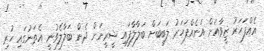
އެއްފަހަރު ޒީވާއަށް އަނެއްފަހަރު ލަބީބަށް ބަލާލާފައި ޝީރީނަށް ދެން ބަލާލެވުނީ އެތަނުގައި ހުރި